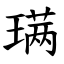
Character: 𫞩